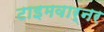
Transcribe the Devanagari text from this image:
टाइमवार्नर